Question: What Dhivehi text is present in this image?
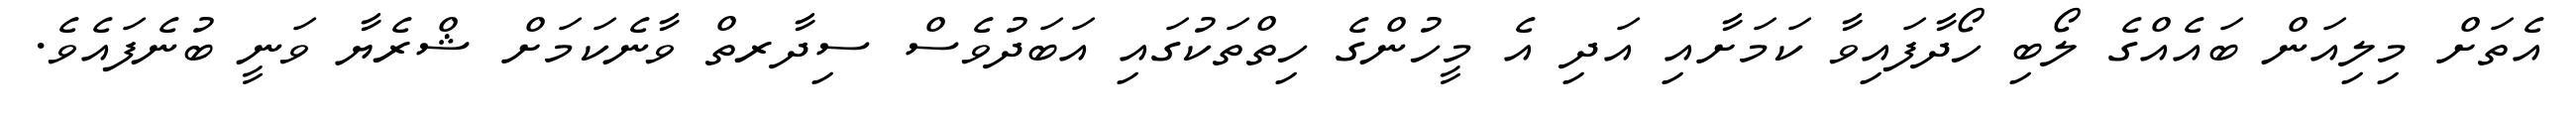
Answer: އެތަށް މިލިއަން ބައެއްގެ ލޯބި ހޯދާފައިވާ ކަމަށާއި އަދި އެ މީހުންގެ ހިތްތަކުގައި އަބަދުވެސް ސިދާރތް ވާނެކަމަށް ޝްރެޔާ ވަނީ ބުނެފައެވެ.